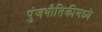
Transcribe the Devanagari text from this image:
पुंजभौतिकीमध्ये